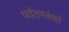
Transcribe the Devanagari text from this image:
पर्वतस्कंधों